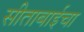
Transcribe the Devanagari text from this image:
सीताबाईचा